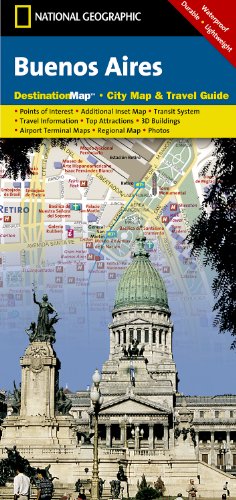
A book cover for Buenos Aires (National Geographic Destination City Map); National Geographic Maps; Travel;